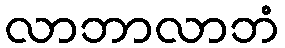
လာဘာလာဘံ